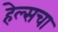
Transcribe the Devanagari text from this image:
हेल्सचा